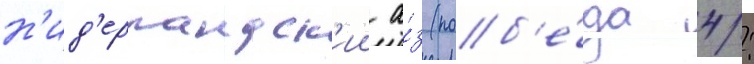
н'ид'ерландск'ии а́з (поб'е́да 4: